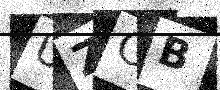
Text: UZCB